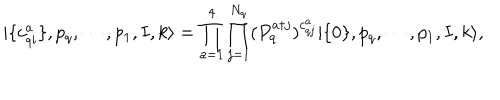
| \{ c _ { q i } ^ { a } \} , p _ { q } , \cdots , p _ { 1 } , I , k \rangle = \prod _ { a = 1 } ^ { 4 } \prod _ { j = 1 } ^ { N _ { q } } ( P _ { q } ^ { a \dagger j } ) ^ { c _ { q j } ^ { a } } | \{ 0 \} , p _ { q } , \cdots , p _ { 1 } , I , k \rangle ,